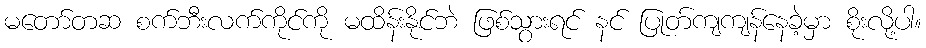
မတော်တဆ စက်ဘီးလက်ကိုင်ကို မထိန်းနိုင်ဘဲ ဖြစ်သွားရင် နင် ပြုတ်ကျကျန်နေခဲ့မှာ စိုးလို့ပါ။